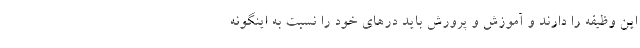
این وظیفه را دارند و آموزش و پرورش باید درهای خود را نسبت به اینگونه